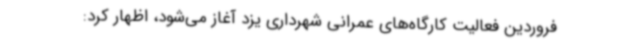
فروردین فعالیت کارگاه‌های عمرانی شهرداری یزد آغاز می‌شود، اظهار کرد: